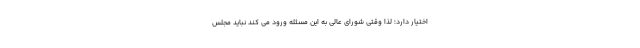
اختیار دارد؛ لذا وقتی شورای عالی به این مسئله ورود می کند نباید مجلس